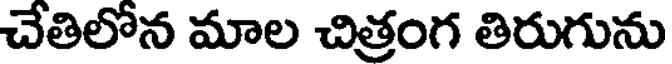
చేతిలోన మాల చిత్రంగ తిరుగును